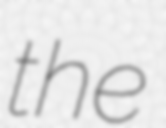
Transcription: the